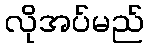
လိုအပ်မည်